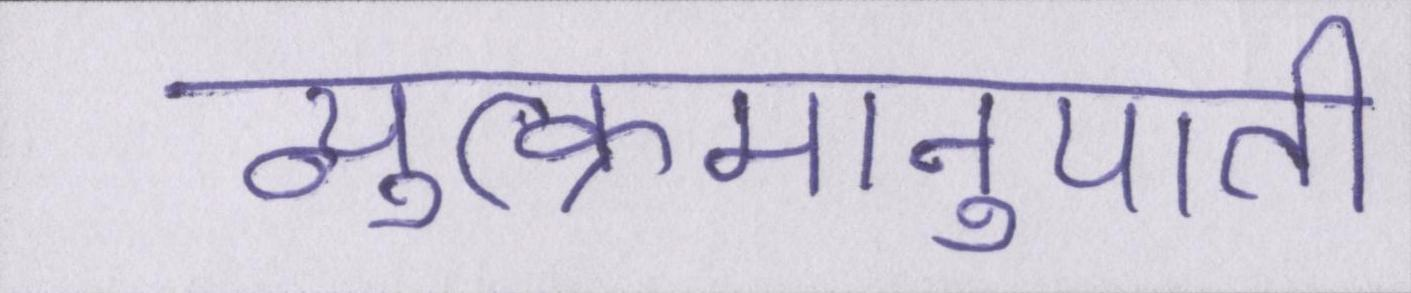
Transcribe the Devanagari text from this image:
व्युत्क्रमानुपाती